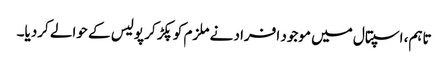
تاہم، اسپتال میں موجود افراد نے ملزم کوپکڑ کر پولیس کے حوالے کردیا۔